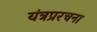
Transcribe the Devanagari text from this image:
यंत्रप्ररचना